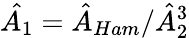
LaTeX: \hat{A_{1}}=\hat{A}_{Ham}/\hat{A}_{2}^{3}